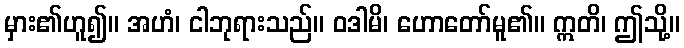
မှား၏ဟူ၍။ အဟံ၊ ငါဘုရားသည်။ ဝဒါမိ၊ ဟောတော်မူ၏။ ဣတိ၊ ဤသို့။